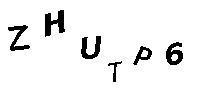
ZHUTP6